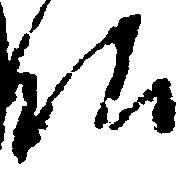
仏